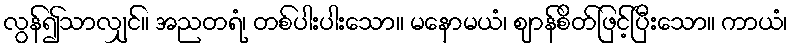
လွန်၍သာလျှင်။ အညတရံ၊ တစ်ပါးပါးသော။ မနောမယံ၊ ဈာန်စိတ်ဖြင့်ပြီးသော။ ကာယံ၊